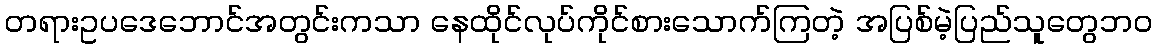
တရားဥပဒေဘောင်အတွင်းကသာ နေထိုင်လုပ်ကိုင်စားသောက်ကြတဲ့ အပြစ်မဲ့ပြည်သူတွေဘဝ